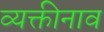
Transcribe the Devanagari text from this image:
व्यक्तीनाव